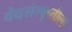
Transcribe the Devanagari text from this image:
वेदसंस्कृतीला